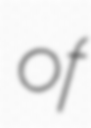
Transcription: of